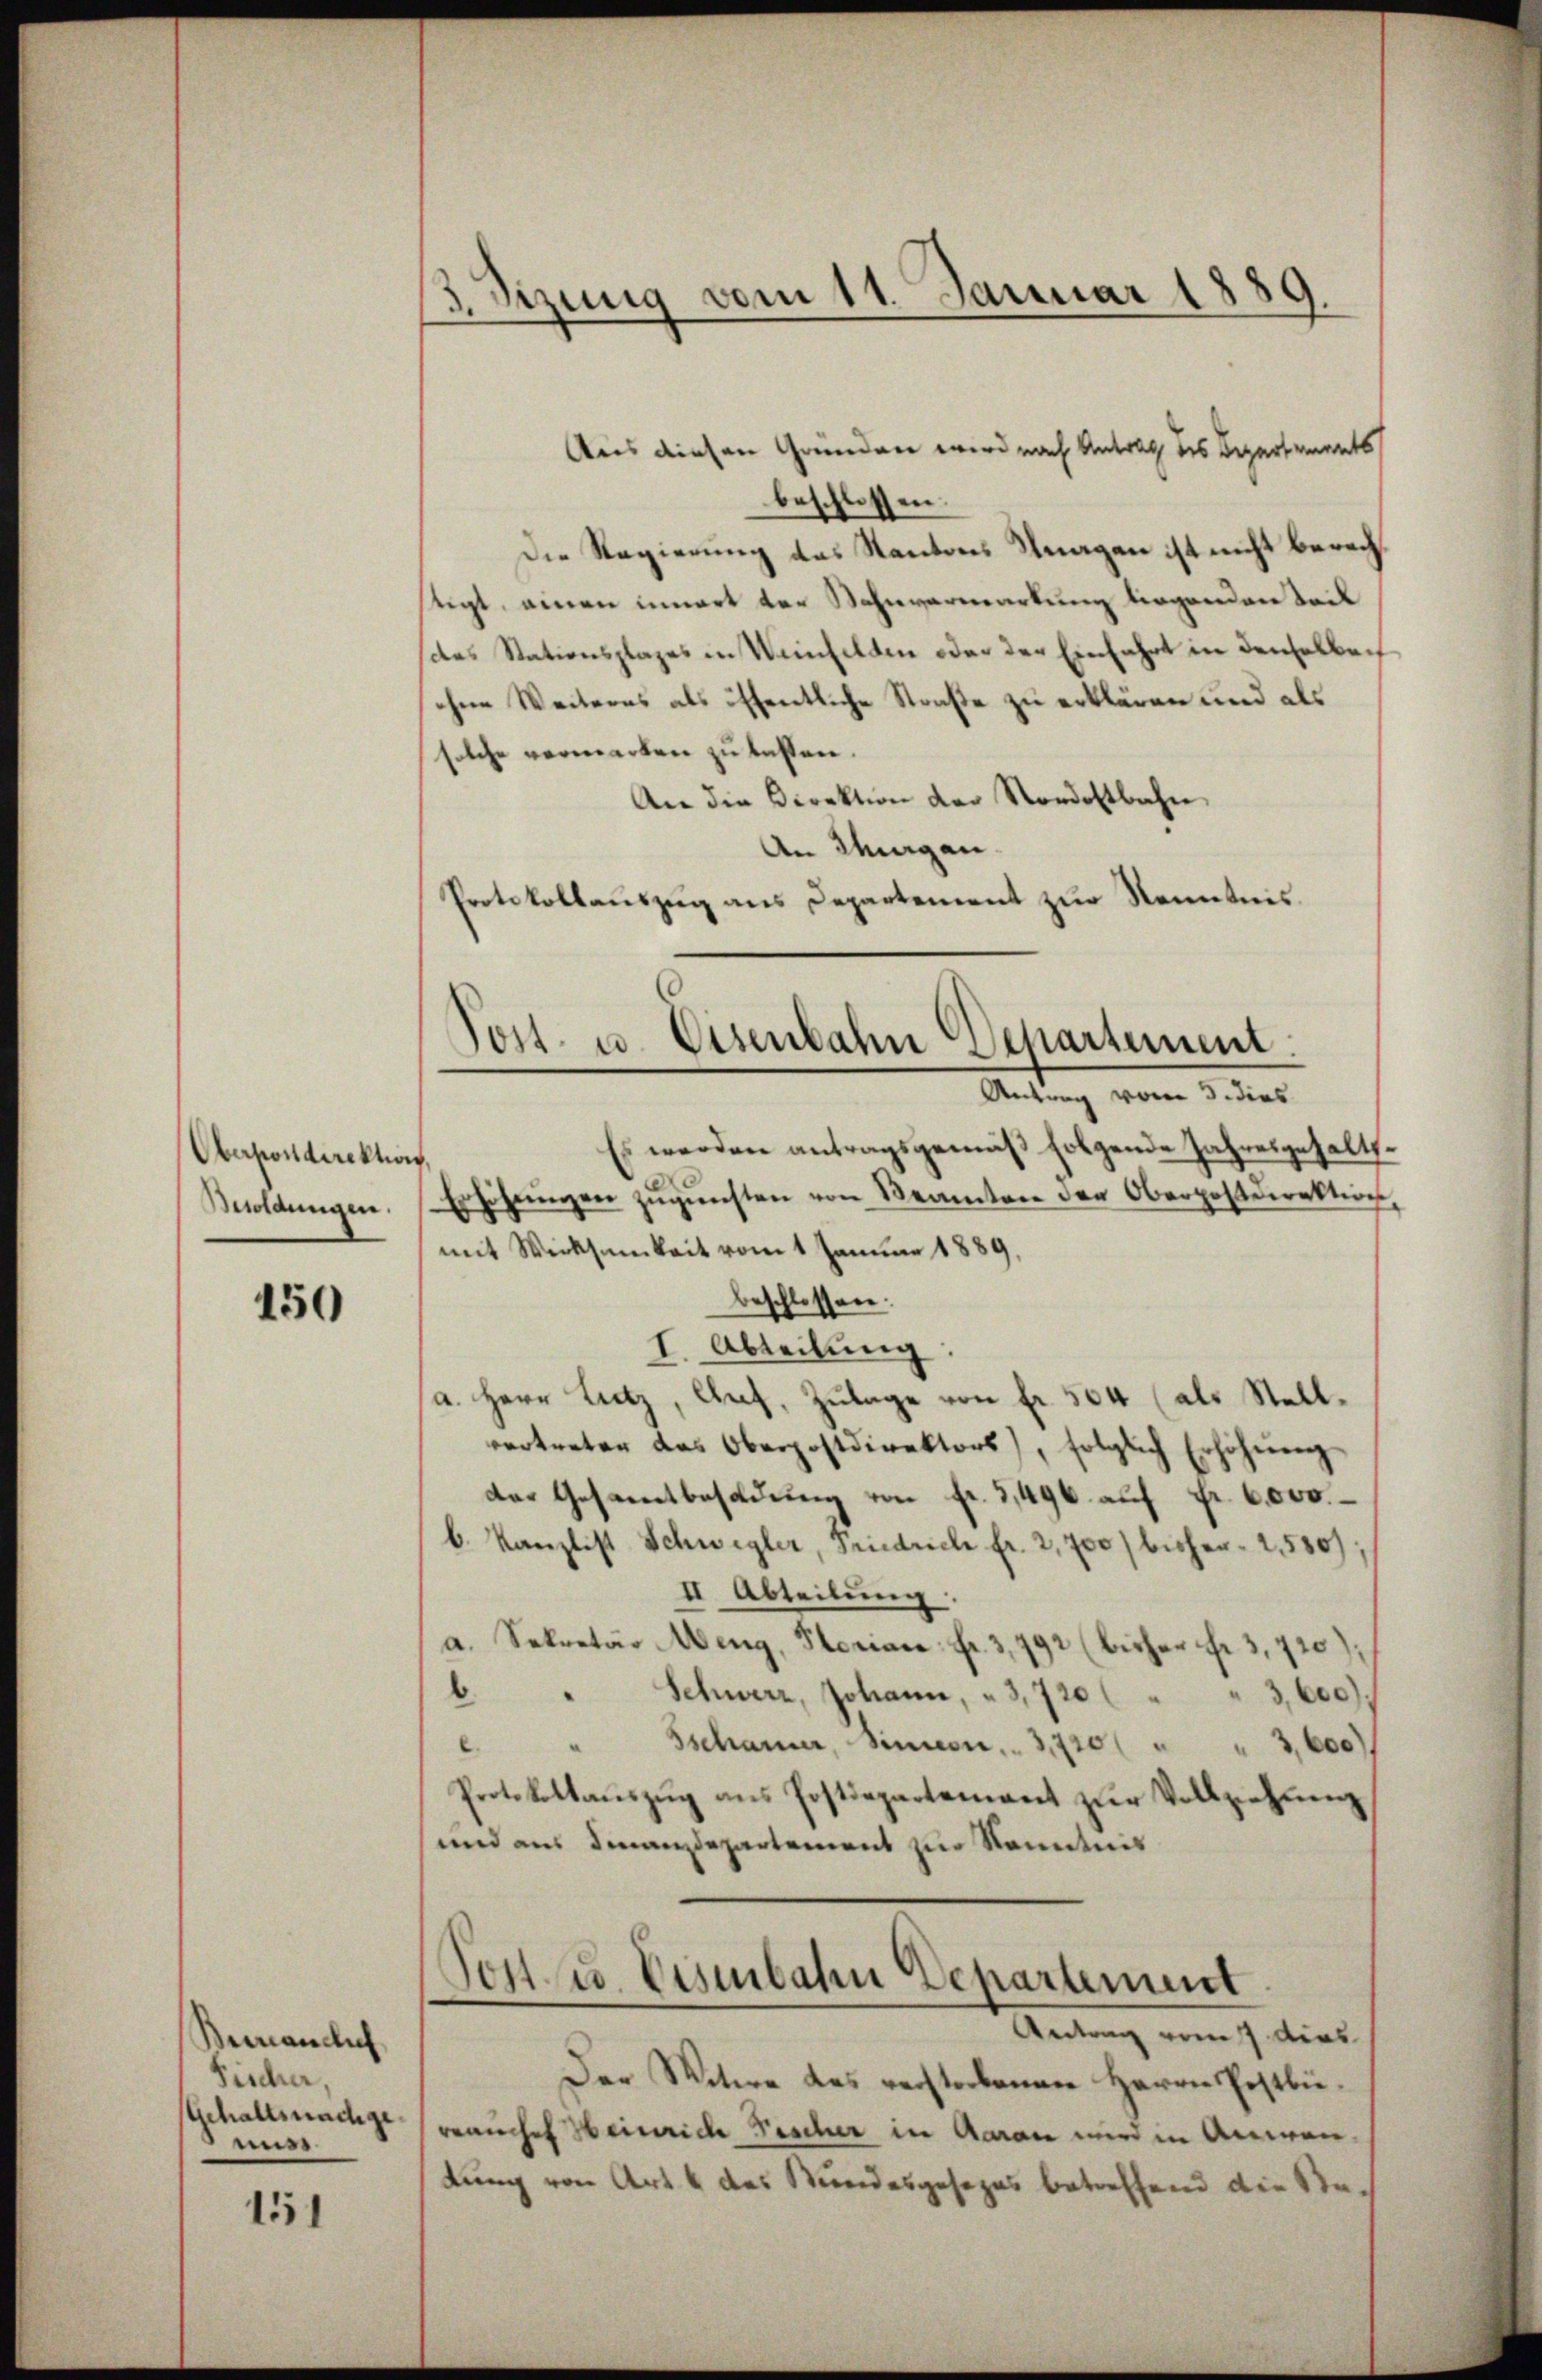
Oberpostdirektions
Bildungen.

150

Beinanclich
Fischer,
Gehaltsnachgemiss

131

3. Sizung vom 11. Januar 1889.

Post. u. Eisenbahn Departement.
Antrag vom 3. dies

Aus diesen Gründen wird nach Antrag des Departements
beschlossen.
Die Regierung des Kantons Unagen ist nicht berechtigt, einen innert der Envermarkung liegenden Teil
das Stationsplages in Weinfelden oder der Einfahrt in denselben
ohen Weiteres als öffentliche Straße zu erklären und als
solche vermarken zu lassen.
An die Direktion der Nordostbahn
An Morgen.
Protokollauszug aus Departement zur Kenntnis.
Es werden antragsgemäß folgende Jahresgehalts.
Erhöhŭngen zŭgŭnsten von Beamten der Oberpostdirektion,
mit Wirksamkeit vom 1 Januar 1889.
beschlossen:
I. Abteilung:
a. Herr Lutz, Art, Zulage von fr. 504 (als Stellvertreten das Oberpostdirektors), folglich Erhöhŭŭng
der Gesamtbesoldung von fr. 3,496. auf Fr. 6000.
b. Kanzlist Schwegler, Friedrich fr. 2,700 bisher 1550):
II. Abteilung.
a. Sekretär Meng, Florian: Fr. 3, 792 (bisher Fr. 3, 720);
b. " Schwerz, Johann, " 3,720 ( " " 3,600)
Sschauer, Sinnern . 720 " " 3,600
Protokollaŭszŭg ans Postdepartement zŭr Vollziehŭng
und aus Finanzdepartement zur Kenntnis
Jost u. Eisenbahn Departement
Antrag vom 7. dies
Der Witwe des verstorbenen Herrn Postbüvranches Heinrich Tischer in Garan wird in Anwendung von Art. 4 des Kundesgesezes betreffend die Sta¬